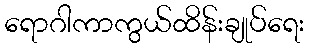
ရောဂါကာကွယ်ထိန်းချုပ်ရေး